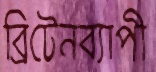
ব্রিটেনব্যাপী